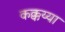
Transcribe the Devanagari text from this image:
कक्कय्या